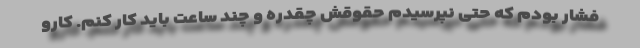
فشار بودم که حتی نپرسیدم حقوقش چقدره و چند ساعت باید کار کنم. کارو